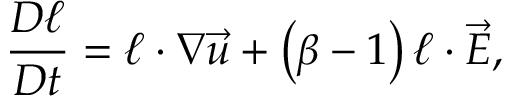
\frac { D \boldsymbol { \ell } } { D t } = \boldsymbol { \ell } \cdot \boldsymbol { \nabla } \vec { u } + \left( \beta - 1 \right) \boldsymbol { \ell } \cdot \vec { E } ,